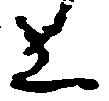
上